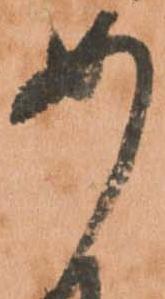
め